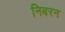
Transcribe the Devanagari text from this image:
निबरन